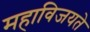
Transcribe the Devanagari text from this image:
महाविजयते